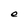
Character: e